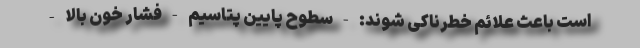
است باعث علائم خطرناکی شوند: - سطوح پایین پتاسیم - فشار خون بالا -